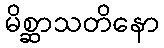
မိစ္ဆာသတိနော